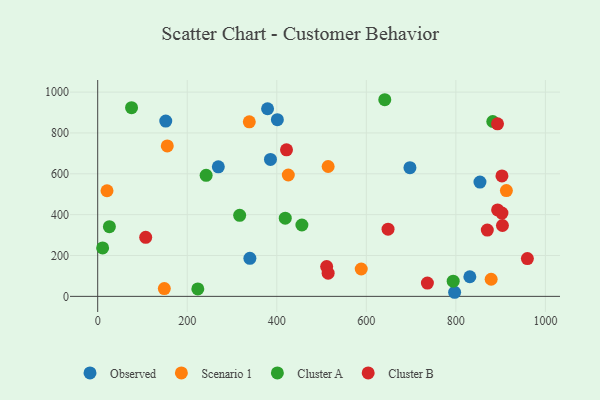
{"axis": {"x": "Speed", "y": "Yield"}, "legend": ["Cluster A", "Cluster B", "Observed", "Scenario 1"], "data": [{"x": "797.2", "y": 20.0, "type": "Observed"}, {"x": "385.9", "y": 670.4, "type": "Observed"}, {"x": "152.0", "y": 858.0, "type": "Observed"}, {"x": "379.4", "y": 918.5, "type": "Observed"}, {"x": "697.4", "y": 629.9, "type": "Observed"}, {"x": "853.8", "y": 559.5, "type": "Observed"}, {"x": "339.9", "y": 186.2, "type": "Observed"}, {"x": "269.4", "y": 634.3, "type": "Observed"}, {"x": "401.3", "y": 864.9, "type": "Observed"}, {"x": "831.2", "y": 95.9, "type": "Observed"}, {"x": "514.7", "y": 635.6, "type": "Scenario 1"}, {"x": "588.6", "y": 133.9, "type": "Scenario 1"}, {"x": "425.7", "y": 594.2, "type": "Scenario 1"}, {"x": "148.8", "y": 38.0, "type": "Scenario 1"}, {"x": "912.8", "y": 517.9, "type": "Scenario 1"}, {"x": "155.4", "y": 736.3, "type": "Scenario 1"}, {"x": "878.8", "y": 83.7, "type": "Scenario 1"}, {"x": "338.6", "y": 854.3, "type": "Scenario 1"}, {"x": "20.8", "y": 516.9, "type": "Scenario 1"}, {"x": "242.2", "y": 592.3, "type": "Cluster A"}, {"x": "456.1", "y": 349.3, "type": "Cluster A"}, {"x": "11.0", "y": 236.9, "type": "Cluster A"}, {"x": "317.1", "y": 396.7, "type": "Cluster A"}, {"x": "641.2", "y": 962.6, "type": "Cluster A"}, {"x": "882.4", "y": 855.9, "type": "Cluster A"}, {"x": "223.6", "y": 36.6, "type": "Cluster A"}, {"x": "75.6", "y": 923.6, "type": "Cluster A"}, {"x": "794.0", "y": 74.5, "type": "Cluster A"}, {"x": "26.1", "y": 341.0, "type": "Cluster A"}, {"x": "418.9", "y": 382.9, "type": "Cluster A"}, {"x": "511.4", "y": 145.8, "type": "Cluster B"}, {"x": "648.5", "y": 329.0, "type": "Cluster B"}, {"x": "870.2", "y": 324.5, "type": "Cluster B"}, {"x": "893.2", "y": 423.0, "type": "Cluster B"}, {"x": "904.0", "y": 346.9, "type": "Cluster B"}, {"x": "893.0", "y": 844.4, "type": "Cluster B"}, {"x": "902.9", "y": 589.5, "type": "Cluster B"}, {"x": "736.4", "y": 65.0, "type": "Cluster B"}, {"x": "421.7", "y": 717.5, "type": "Cluster B"}, {"x": "514.7", "y": 113.7, "type": "Cluster B"}, {"x": "902.9", "y": 407.7, "type": "Cluster B"}, {"x": "959.7", "y": 184.9, "type": "Cluster B"}, {"x": "107.2", "y": 288.9, "type": "Cluster B"}]}